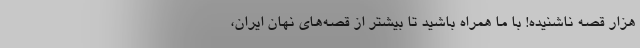
هزار قصه‌ ناشنیده! با ما همراه باشید تا بیشتر از قصه‌های نهان ایران،